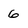
Character: 6